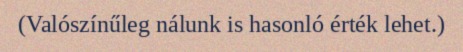
(Valószínűleg nálunk is hasonló érték lehet.)